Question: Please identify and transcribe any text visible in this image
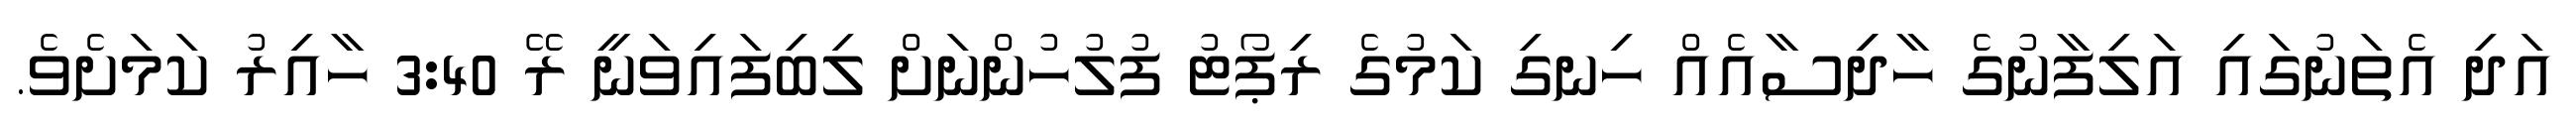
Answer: އަދި އެތަނުގައި އަލިފާނުގެ ހާދިިސާއެއް ހިނގި ކަމުގެ ރިޕޯޓު ފުލުހުންނަށް ލިބިފައިވަނީ ރޭ 3:40 ހާއިރު ކަމަށެވެ.